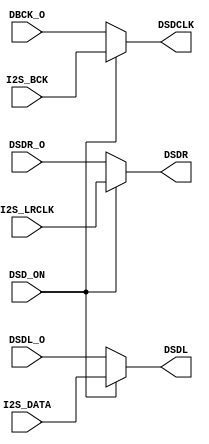
module flowSwitch(
    DSDCLK,
    DSDL,
    DSDR,
	 DBCK_O,
	 DSDL_O,
	 DSDR_O,
	 I2S_BCK,
	 I2S_LRCLK,
	 I2S_DATA,
	 DSD_ON
);

input wire I2S_BCK;
input wire I2S_LRCLK;
input wire I2S_DATA;

input wire DSD_ON;

output reg DSDCLK;
output reg DSDL;
output reg DSDR;

input wire DBCK_O;
input wire DSDL_O;
input wire DSDR_O;

always @(*) begin
    if (DSD_ON) begin
		  DSDCLK <= I2S_BCK;
		  DSDL <= I2S_DATA;
		  DSDR <= I2S_LRCLK;
	 end
    else begin
		  DSDCLK <= DBCK_O;
		  DSDL <= DSDL_O;
		  DSDR <= DSDR_O;
	  end
end


endmodule